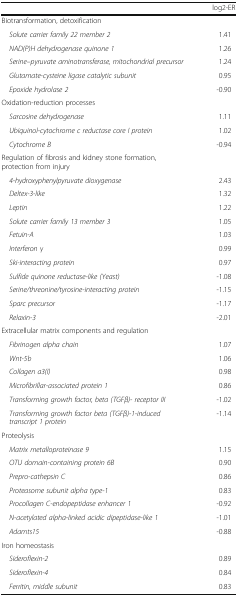
<table><thead><tr><td></td><td><b>log2-ER</b></td></tr></thead><tbody><tr><td colspan="2">Biotransformation, detoxification</td></tr><tr><td> <i>Solute carrier family 22 member 2</i></td><td>1.41</td></tr><tr><td> <i>NAD(P)H dehydrogenase quinone 1</i></td><td>1.26</td></tr><tr><td> <i>Serine--pyruvate aminotransferase, mitochondrial precursor</i></td><td>1.24</td></tr><tr><td> <i>Glutamate-cysteine ligase catalytic subunit</i></td><td>0.95</td></tr><tr><td> <i>Epoxide hydrolase 2</i></td><td>-0.90</td></tr><tr><td colspan="2">Oxidation-reduction processes</td></tr><tr><td> <i>Sarcosine dehydrogenase</i></td><td>1.11</td></tr><tr><td> <i>Ubiquinol-cytochrome c reductase core I protein</i></td><td>1.02</td></tr><tr><td> <i>Cytochrome B</i></td><td>-0.94</td></tr><tr><td colspan="2">Regulation of fibrosis and kidney stone formation, protection from injury</td></tr><tr><td> <i>4-hydroxyphenylpyruvate dioxygenase</i></td><td>2.43</td></tr><tr><td> <i>Deltex-3-like</i></td><td>1.32</td></tr><tr><td> <i>Leptin</i></td><td>1.22</td></tr><tr><td> <i>Solute carrier family 13 member 3</i></td><td>1.05</td></tr><tr><td> <i>Fetuin-A</i></td><td>1.03</td></tr><tr><td> <i>Interferon γ</i></td><td>0.99</td></tr><tr><td> <i>Ski-interacting protein</i></td><td>0.97</td></tr><tr><td> <i>Sulfide quinone reductase-like (Yeast)</i></td><td>-1.08</td></tr><tr><td> <i>Serine/threonine/tyrosine-interacting protein</i></td><td>-1.15</td></tr><tr><td> <i>Sparc precursor</i></td><td>-1.17</td></tr><tr><td> <i>Relaxin-3</i></td><td>-2.01</td></tr><tr><td colspan="2">Extracellular matrix components and regulation</td></tr><tr><td> <i>Fibrinogen alpha chain</i></td><td>1.07</td></tr><tr><td> <i>Wnt-5b</i></td><td>1.06</td></tr><tr><td> <i>Collagen a3(I)</i></td><td>0.98</td></tr><tr><td> <i>Microfibrillar-associated protein 1</i></td><td>0.86</td></tr><tr><td> <i>Transforming growth factor, beta (TGFβ)- receptor III</i></td><td>-1.02</td></tr><tr><td> <i>Transforming growth factor beta (TGFβ)-1-induced transcript 1 protein</i></td><td>-1.14</td></tr><tr><td colspan="2">Proteolysis</td></tr><tr><td> <i>Matrix metalloproteinase 9</i></td><td>1.15</td></tr><tr><td> <i>OTU domain-containing protein 6B</i></td><td>0.90</td></tr><tr><td> <i>Prepro-cathepsin C</i></td><td>0.86</td></tr><tr><td> <i>Proteasome subunit alpha type-1</i></td><td>0.83</td></tr><tr><td> <i>Procollagen C-endopeptidase enhancer 1</i></td><td>-0.92</td></tr><tr><td> <i>N-acetylated alpha-linked acidic dipeptidase-like 1</i></td><td>-1.01</td></tr><tr><td> <i>Adamts15</i></td><td>-0.88</td></tr><tr><td colspan="2">Iron homeostasis</td></tr><tr><td> <i>Sideroflexin-2</i></td><td>0.89</td></tr><tr><td> <i>Sideroflexin-4</i></td><td>0.84</td></tr><tr><td> <i>Ferritin, middle subunit</i></td><td>0.83</td></tr></tbody></table>